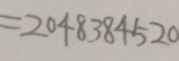
= 2 0 4 8 3 8 4 5 2 0